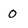
Character: 0